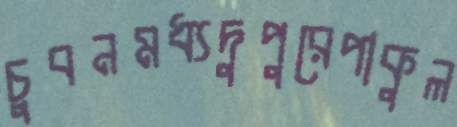
চুবনমধ্যদুপুরেপাকুল